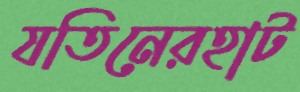
যতিনেরহাট